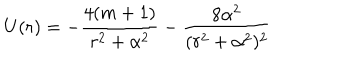
U ( r ) = - { \frac { 4 ( m + 1 ) } { r ^ { 2 } + \alpha ^ { 2 } } } - { \frac { 8 \alpha ^ { 2 } } { ( r ^ { 2 } + \alpha ^ { 2 } ) ^ { 2 } } }